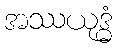
အဿယုဒ္ဓံ